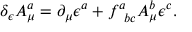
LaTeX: \delta _ { \epsilon } A _ { \mu } ^ { a } = \partial _ { \mu } \epsilon ^ { a } + f _ { \; \; b c } ^ { a } A _ { \mu } ^ { b } \epsilon ^ { c } .